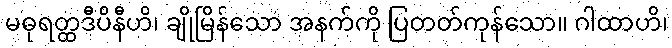
မဓုရတ္ထဒီပိနီဟိ၊ ချိုမြိန်သော အနက်ကို ပြတတ်ကုန်သော။ ဂါထာဟိ၊